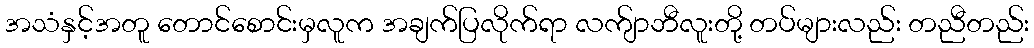
အသံနှင့်အတူ တောင်စောင်းမှလူက အချက်ပြလိုက်ရာ လက်ျာဘီလူးတို့ တပ်များလည်း တညီတည်း